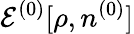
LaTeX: {\cal E}^{(0)}[\rho,n^{(0)}]